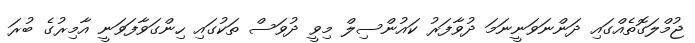
ޖުމްލަގޮތެއްގައި ދަންނަވަނީނަމަ ދުވާފަރު ކައުންސިލް މިވީ ދުވަސް ތަކުގައި ހިންގަވާފަވަނީ އާމިރުގެ ބުރަ